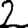
Digit: 2